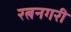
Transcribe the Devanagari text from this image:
रत्ननगरी